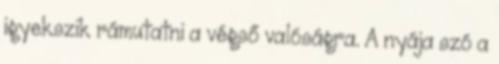
igyekszik rámutatni a végső valóságra. A nyája szó a